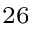
^ { 2 6 }